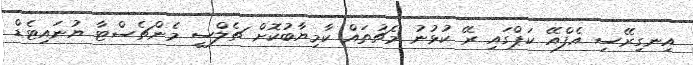
އިނގިރޭސި އެފްއޭ ކަޕްގައި ރޭ ކުޅުނު މެޗުތައް ކާމިޔާބުކޮށް ޗެލްސީ މެންޗެސްޓާ ޔުނައިޓެޑް